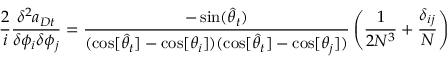
\frac { 2 } { i } \frac { \delta ^ { 2 } a _ { D t } } { \delta \phi _ { i } \delta \phi _ { j } } = \frac { - \sin ( \widehat { \theta } _ { t } ) } { ( \cos [ \widehat { \theta } _ { t } ] - \cos [ \theta _ { i } ] ) ( \cos [ \widehat { \theta } _ { t } ] - \cos [ \theta _ { j } ] ) } \left( \frac { 1 } { 2 N ^ { 3 } } + \frac { \delta _ { i j } } { N } \right)